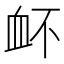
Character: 衃